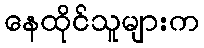
နေထိုင်သူများက